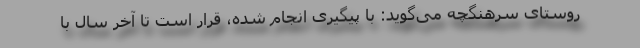
روستای سرهنگچه می‌گوید: با پیگیری انجام شده، قرار است تا آخر سال با